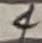
Text: 4